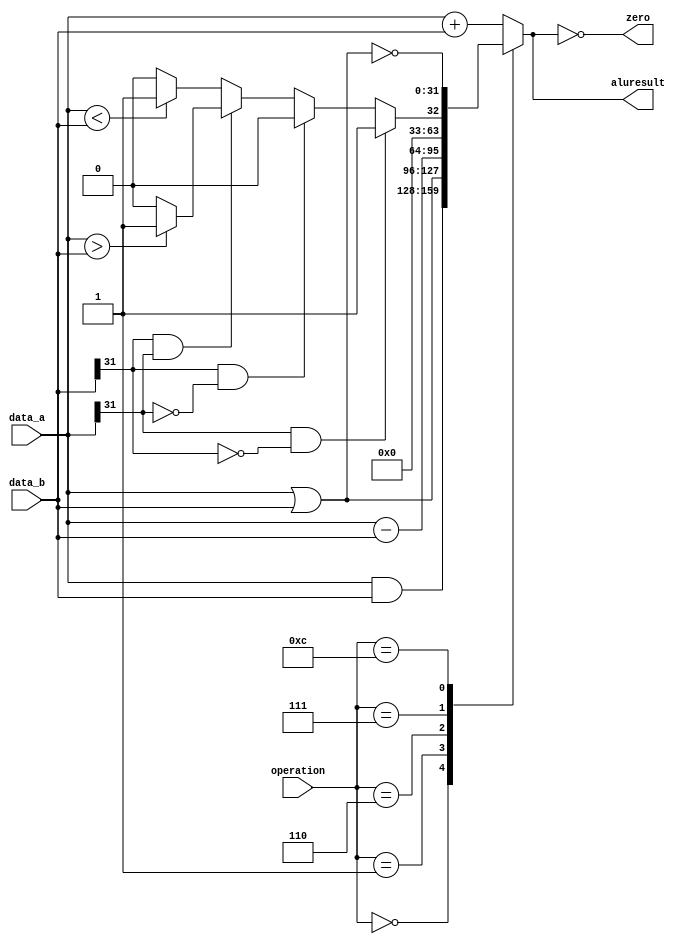
module alu( output reg[31:0] aluresult, output zero,
            input[3:0] operation, input[31:0] data_a, input [31:0] data_b );
  // These codes and outputs are taken from figure 4.12 and the first graph in ch.4.4 P&H.
  assign zero = (aluresult == '0);    
  always @ (operation or data_a or data_b) begin
    case (operation)
      4'b0000: begin // AND
        aluresult = data_a & data_b;
      end
      4'b0001: begin // OR
        aluresult = data_a | data_b;
      end
      4'b0010: begin // add
        aluresult = data_a + data_b;
      end
      4'b0110: begin // subtract
        aluresult = data_a - data_b;
      end
      4'b0111: begin // slt
        //check sign bit for negative 
        if //if a is negative and b is positive a is smaller
          ((data_a[31] == 1) && (data_b [31] == 0))
          begin 
          aluresult = 1;
        end
       else if // b is negative therefore smaller 
          ((data_b[31] == 1) && (data_a [31] == 0))
          begin 
          aluresult = 0;
        end
       else if //both are negative do opposite
          ((data_b[31] == 1) && (data_a [31] == 1))
          begin
          aluresult = data_a > data_b ? 1 : 0;
        end
        else //normal case 
        begin
          aluresult =  data_a < data_b ? 1 : 0;
      end  
      end
      4'b1100: begin // nor
        aluresult = ~( data_a  | data_b );
      end
      default: begin
        aluresult = data_a + data_b;
      end
    endcase
  end
endmodule